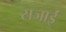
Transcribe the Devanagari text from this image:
सजाईं